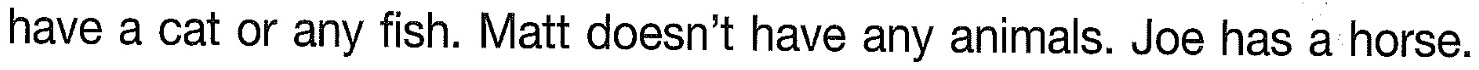
have a cat or any fish. Matt doesn't have any animals. Joe has a horse.